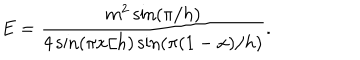
E = \frac { m ^ { 2 } \sin ( \pi / h ) } { 4 \sin ( \pi x / h ) \sin ( \pi ( 1 - x ) / h ) } .